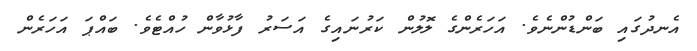
އެނދުގައި ބަންޑުންނެވެ. އަހަރެންގެ ލޮލުން ކަރުނައިގެ އަސަރު ފާޅުވާން ހުއްޓެވެ. ބައްޕަ އަހަރެން